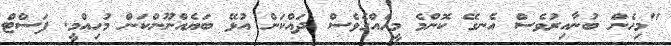
"މިހެން ބުނާއިރުވެސް އެނގޭ ކޮންމެ މީހެއްގެވެސް ދައްކަން އުޅޭ ބަޔެއްނޫންކަން މުހިއްމީ. ފަސްޓް